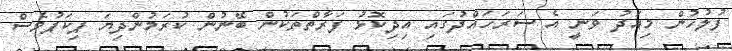
ފުލުހުން މިއަދު ވަނީ އެ ސަރަހައްދުގައި އިދިކޮޅު ފަރާތްތަކުން ބޭނުން ކުރަމުންދިޔަ ޕިކަޕުވެސް